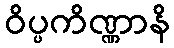
ဝိပ္ပကိဏ္ဏာနိ